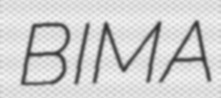
BIMA